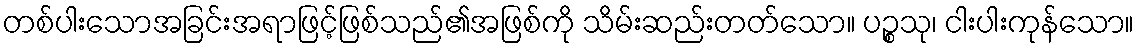
တစ်ပါးသောအခြင်းအရာဖြင့်ဖြစ်သည်၏အဖြစ်ကို သိမ်းဆည်းတတ်သော။ ပဉ္စသု၊ ငါးပါးကုန်သော။